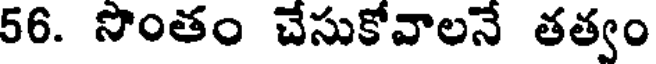
56. సొంతం చేసుకోవాలనే తత్వం